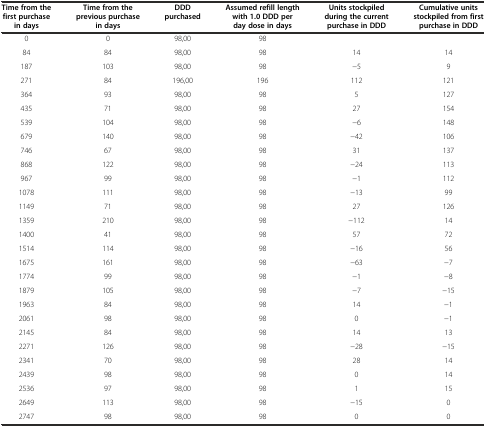
<table><thead><tr><td><b>Time from the first purchase in days</b></td><td><b>Time from the previous purchase in days</b></td><td><b>DDD purchased</b></td><td><b>Assumed refill length with 1.0 DDD per day dose in days</b></td><td><b>Units stockpiled during the current purchase in DDD</b></td><td><b>Cumulative units stockpiled from first purchase in DDD</b></td></tr></thead><tbody><tr><td>0</td><td>0</td><td>98,00</td><td>98</td><td></td><td></td></tr><tr><td>84</td><td>84</td><td>98,00</td><td>98</td><td>14</td><td>14</td></tr><tr><td>187</td><td>103</td><td>98,00</td><td>98</td><td>−5</td><td>9</td></tr><tr><td>271</td><td>84</td><td>196,00</td><td>196</td><td>112</td><td>121</td></tr><tr><td>364</td><td>93</td><td>98,00</td><td>98</td><td>5</td><td>127</td></tr><tr><td>435</td><td>71</td><td>98,00</td><td>98</td><td>27</td><td>154</td></tr><tr><td>539</td><td>104</td><td>98,00</td><td>98</td><td>−6</td><td>148</td></tr><tr><td>679</td><td>140</td><td>98,00</td><td>98</td><td>−42</td><td>106</td></tr><tr><td>746</td><td>67</td><td>98,00</td><td>98</td><td>31</td><td>137</td></tr><tr><td>868</td><td>122</td><td>98,00</td><td>98</td><td>−24</td><td>113</td></tr><tr><td>967</td><td>99</td><td>98,00</td><td>98</td><td>−1</td><td>112</td></tr><tr><td>1078</td><td>111</td><td>98,00</td><td>98</td><td>−13</td><td>99</td></tr><tr><td>1149</td><td>71</td><td>98,00</td><td>98</td><td>27</td><td>126</td></tr><tr><td>1359</td><td>210</td><td>98,00</td><td>98</td><td>−112</td><td>14</td></tr><tr><td>1400</td><td>41</td><td>98,00</td><td>98</td><td>57</td><td>72</td></tr><tr><td>1514</td><td>114</td><td>98,00</td><td>98</td><td>−16</td><td>56</td></tr><tr><td>1675</td><td>161</td><td>98,00</td><td>98</td><td>−63</td><td>−7</td></tr><tr><td>1774</td><td>99</td><td>98,00</td><td>98</td><td>−1</td><td>−8</td></tr><tr><td>1879</td><td>105</td><td>98,00</td><td>98</td><td>−7</td><td>−15</td></tr><tr><td>1963</td><td>84</td><td>98,00</td><td>98</td><td>14</td><td>−1</td></tr><tr><td>2061</td><td>98</td><td>98,00</td><td>98</td><td>0</td><td>−1</td></tr><tr><td>2145</td><td>84</td><td>98,00</td><td>98</td><td>14</td><td>13</td></tr><tr><td>2271</td><td>126</td><td>98,00</td><td>98</td><td>−28</td><td>−15</td></tr><tr><td>2341</td><td>70</td><td>98,00</td><td>98</td><td>28</td><td>14</td></tr><tr><td>2439</td><td>98</td><td>98,00</td><td>98</td><td>0</td><td>14</td></tr><tr><td>2536</td><td>97</td><td>98,00</td><td>98</td><td>1</td><td>15</td></tr><tr><td>2649</td><td>113</td><td>98,00</td><td>98</td><td>−15</td><td>0</td></tr><tr><td>2747</td><td>98</td><td>98,00</td><td>98</td><td>0</td><td>0</td></tr></tbody></table>